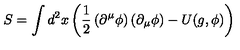
S = \int d ^ { 2 } x \left( \frac { 1 } { 2 } \left( \partial ^ { \mu } \phi \right) \left( \partial _ { \mu } \phi \right) - U ( g , \phi ) \right)